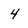
Character: 4